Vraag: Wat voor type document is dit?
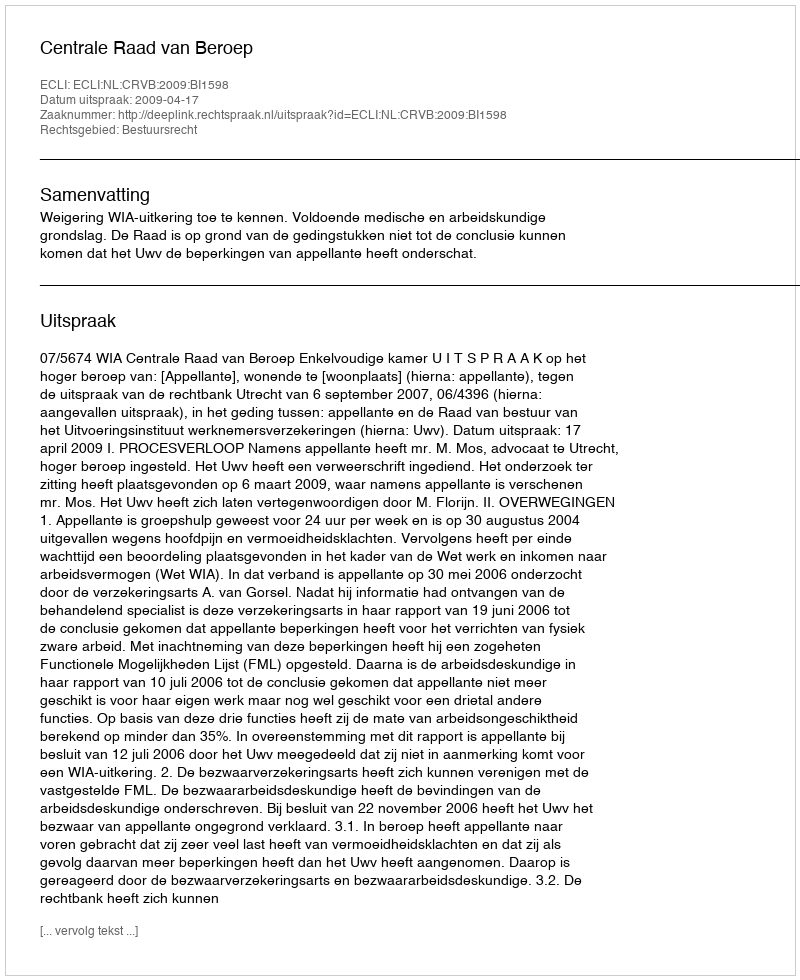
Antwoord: Uitspraak